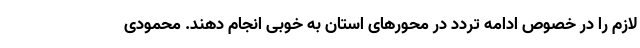
لازم را در خصوص ادامه تردد در محورهای استان به خوبی انجام دهند. محمودی